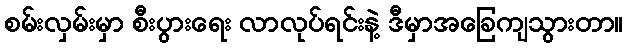
စမ်းလှမ်းမှာ စီးပွားရေး လာလုပ်ရင်းနဲ့ ဒီမှာအခြေကျသွားတာ။